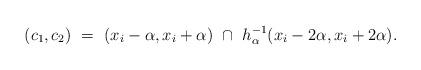
LaTeX: \begin{align*}(c_1,c_2) \ = \ (x_i-\alpha,x_i+\alpha) \ \cap \ h_{\alpha}^{-1}(x_i-2\alpha,x_i+2\alpha).\end{align*}